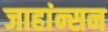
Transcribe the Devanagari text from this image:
जाहांन्सन